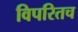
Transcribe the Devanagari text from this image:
विपरितच